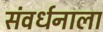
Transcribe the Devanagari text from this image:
संवर्धनाला